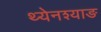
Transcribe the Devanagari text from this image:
थ्येनश्याङ